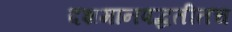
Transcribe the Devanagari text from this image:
दशमानपद्धतीतच